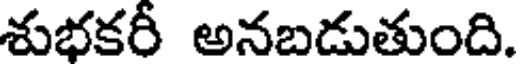
శుభకరీ అనబడుతుంది.